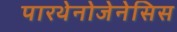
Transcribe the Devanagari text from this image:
पारथेनोजेनेसिस